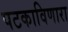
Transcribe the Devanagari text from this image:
पटकाविणारा